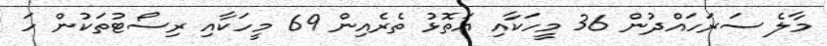
މާލެ ސަރަހައްދުން 36 މީހަކާއި އަތޮޅު ތެރެއިން 69 މީހަކާއި ރިސޯޓުތަކުން ހަ